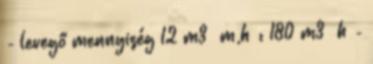
- levegő mennyiség 12 m3 m,h : 180 m3 h -